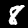
Label: 8